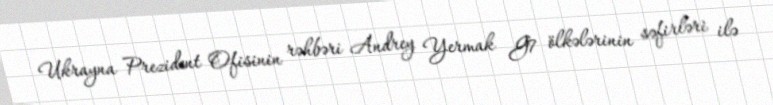
Ukrayna Prezident Ofisinin rəhbəri Andrey Yermak G7 ölkələrinin səfirləri ilə